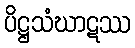
ပိဋ္ဌသံဃာဋဿ